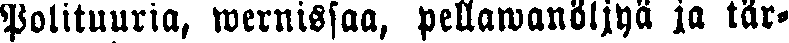
Polituuria, wernissaa, pellawanöljyä ja tär-